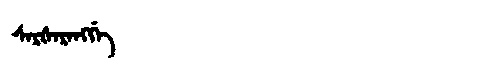
Manchu: ᠰᠠᡵᡧᠠᡵᠠᠩᡤᡝ
Romanization: SARŠARANGGE